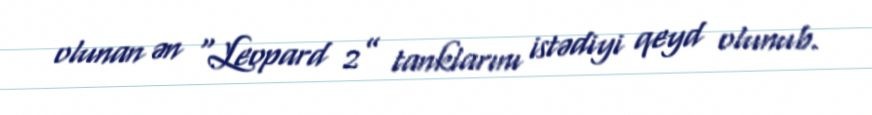
olunan ən “Leopard 2” tanklarını istədiyi qeyd olunub.